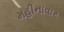
મહીનાવાર